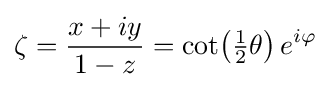
\zeta ={\frac {x+iy}{1-z}}={\cot }{\bigl (}{\tfrac {1}{2}}\theta {\bigr )}\,e^{i\varphi }